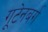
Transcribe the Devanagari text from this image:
गूटेनबर्ग